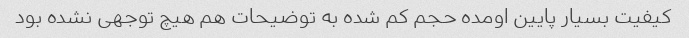
کیفیت بسیار پایین اومده حجم کم شده به توضیحات هم هیچ توجهی نشده بود